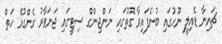
ޗައިނާ ޑެއިލީ ނޫހުގައި ބުނެފައިވާ ގޮތުގައި ނަންޖިންގް ސިޓީގައި ޖަނަވާރު ގެންގުޅޭ ހަތް